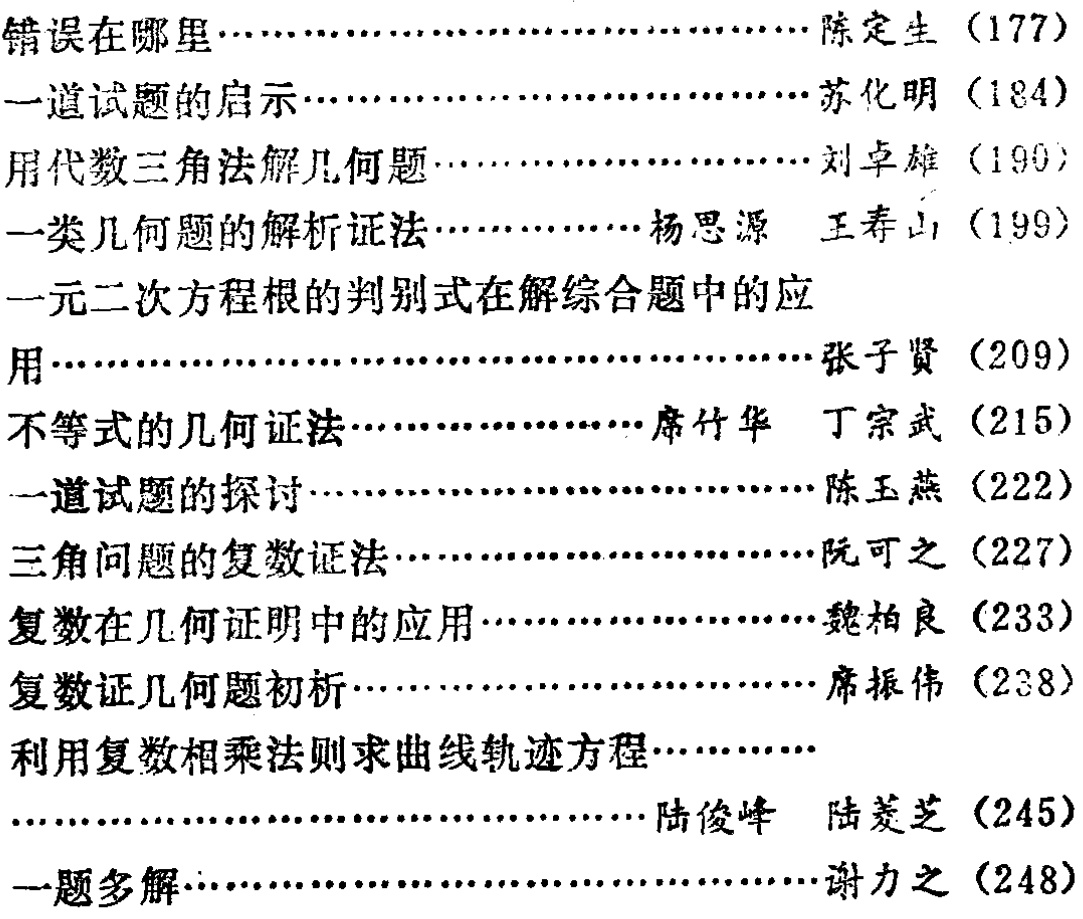
错误在哪里……陈定生（177）

一道试题的启示……苏化明（184）

用代数三角法解几何题……刘卓雄（190）

一类几何题的解析证法……杨思源 王寿山（199）

一元二次方程根的判别式在解综合题中的应

用……张子贤（209）

不等式的几何证法……席竹华 丁宗武（215）

一道试题的探讨……陈玉燕（222）

三角问题的复数证法……阮可之（227）

复数在几何证明中的应用……魏柏良（233）

复数证几何题初析……席振伟（238）

利用复数相乘法则求曲线轨迹方程……

……陆俊峰 陆羡芝（245）

一题多解……谢力之（248）